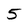
Character: 5